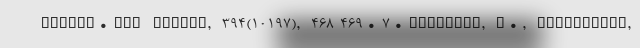
health. The Lancet, 394(10197), 468-469. 7. Dehghani, M., Mesgarpour,